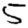
Digit: 5